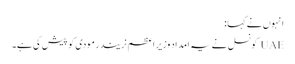
انہوں نے کہا:
UAE کونسل نے یہ امداد وزیر اعظم نریندر مودی کو پیش کی ہے۔